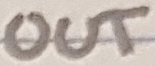
Text: OUT